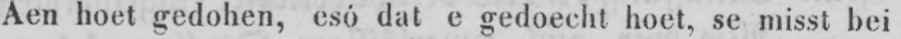
Aen hoet gedohen, esó dat e gedoecht hoet, se misst bei